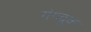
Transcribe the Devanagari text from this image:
गंगद्रुक